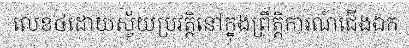
លេខ៤ដោយស្វ័យប្រវត្តិនៅក្នុងព្រឹត្តិការណ៍ជើងឯក